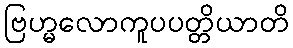
ဗြဟ္မလောကူပပတ္တိယာတိ